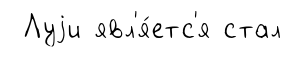
Луjи явл'я́етс'я стал